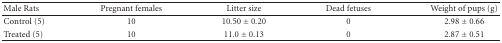
<table><thead><tr><td><b>Male Rats</b></td><td><b>Pregnant females</b></td><td><b>Litter size</b></td><td><b>Dead fetuses</b></td><td><b>Weight of pups (g)</b></td></tr></thead><tbody><tr><td>Control (5)</td><td>10</td><td>10.50 ± 0.20</td><td>0</td><td>2.98 ± 0.66</td></tr><tr><td>Treated (5)</td><td>10</td><td>11.0 ± 0.13</td><td>0</td><td>2.87 ± 0.51</td></tr></tbody></table>